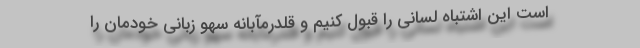
است این اشتباه لسانی را قبول کنیم و قلدرمآبانه سهو زبانی خودمان را